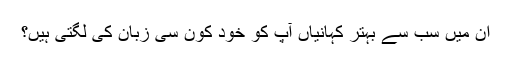
ان میں سب سے بہتر کہانیاں آپ کو خود کون سی زبان کی لگتی ہیں؟